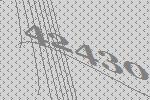
42430